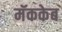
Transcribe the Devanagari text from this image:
मॅककेब